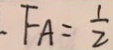
F A = \frac { 1 } { 2 }